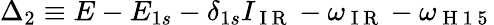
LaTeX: \Delta_{2}\equiv E-E_{1s}-\delta_{1s}I_{\mathrm{~I~R~}}-\omega_{\mathrm{~I~R~}}-\omega_{\mathrm{~H~1~5~}}